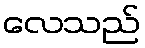
လေသည်